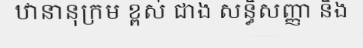
ឋានានុក្រម ខ្ពស់ ជាង សន្ធិសញ្ញា និង